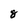
Character: 8